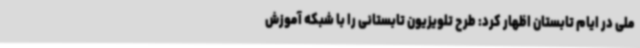
ملی در ایام تابستان اظهار کرد: طرح تلویزیون تابستانی را با شبکه آموزش